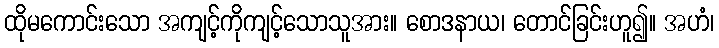
ထိုမကောင်းသော အကျင့်ကိုကျင့်သောသူအား။ စောဒနာယ၊ တောင်ခြင်းဟူ၍။ အဟံ၊